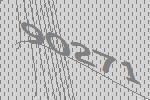
90271